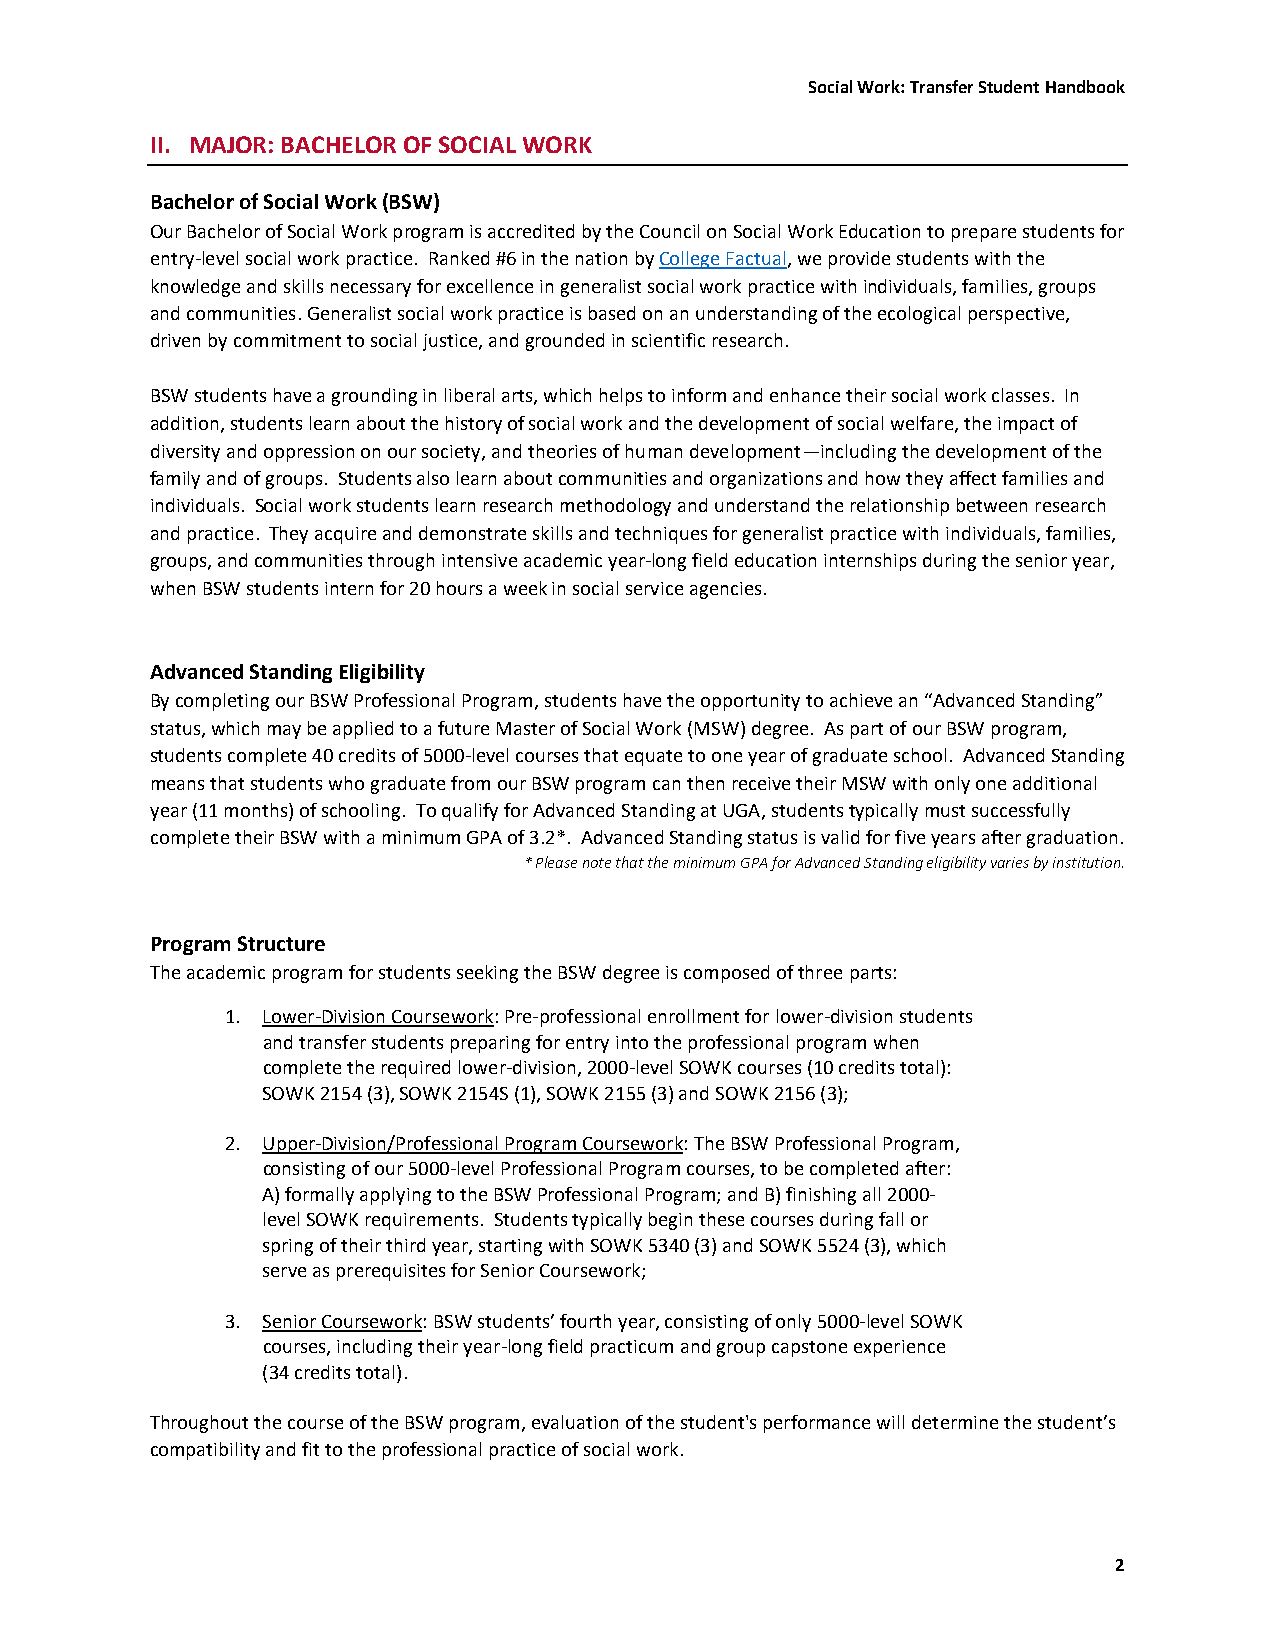
Social Work: Transfer Student Handbook
 II. MAJOR: BACHELOR OF SOCIAL WORK
 Bachelor of Social Work (BSW)
 Our Bachelor of Social Work program is accredited by the Council on Social Work Education to prepare students for
 entry-level social work practice. Ranked #6 in the nation by College Factual, we provide students with the
 knowledge and skills necessary for excellence in generalist social work practice with individuals, families, groups
 and communities. Generalist social work practice is based on an understanding of the ecological perspective,
 driven by commitment to social justice, and grounded in scientific research.
 BSW students have a grounding in liberal arts, which helps to inform and enhance their social work classes. In
 addition, students learn about the history of social work and the development of social welfare, the impact of
 diversity and oppression on our society, and theories of human development—including the development of the
 family and of groups. Students also learn about communities and organizations and how they affect families and
 individuals. Social work students learn research methodology and understand the relationship between research
 and practice. They acquire and demonstrate skills and techniques for generalist practice with individuals, families,
 groups, and communities through intensive academic year-long field education internships during the senior year,
 when BSW students intern for 20 hours a week in social service agencies.
 Advanced Standing Eligibility
 By completing our BSW Professional Program, students have the opportunity to achieve an “Advanced Standing”
 status, which may be applied to a future Master of Social Work (MSW) degree. As part of our BSW program,
 students complete 40 credits of 5000-level courses that equate to one year of graduate school. Advanced Standing
 means that students who graduate from our BSW program can then receive their MSW with only one additional
 year (11 months) of schooling. To qualify for Advanced Standing at UGA, students typically must successfully
 complete their BSW with a minimum GPA of 3.2*. Advanced Standing status is valid for five years after graduation.
 * Please note that the minimum GPA for Advanced Standing eligibility varies by institution.
 Program Structure
 The academic program for students seeking the BSW degree is composed of three parts:
 1. Lower-Division Coursework: Pre-professional enrollment for lower-division students
 and transfer students preparing for entry into the professional program when
 complete the required lower-division, 2000-level SOWK courses (10 credits total):
 SOWK 2154 (3), SOWK 2154S (1), SOWK 2155 (3) and SOWK 2156 (3);
 2. Upper-Division/Professional Program Coursework: The BSW Professional Program,
 consisting of our 5000-level Professional Program courses, to be completed after:
 A) formally applying to the BSW Professional Program; and B) finishing all 2000-
 level SOWK requirements. Students typically begin these courses during fall or
 spring of their third year, starting with SOWK 5340 (3) and SOWK 5524 (3), which
 serve as prerequisites for Senior Coursework;
 3. Senior Coursework: BSW students’ fourth year, consisting of only 5000-level SOWK
 courses, including their year-long field practicum and group capstone experience
 (34 credits total).
 Throughout the course of the BSW program, evaluation of the student's performance will determine the student’s
 compatibility and fit to the professional practice of social work.
 2